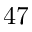
4 7